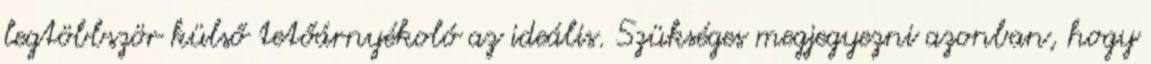
legtöbbször külső tetőárnyékoló az ideális. Szükséges megjegyezni azonban, hogy